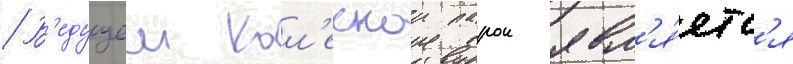
В'едущеи кол'еснои парои явл'я́етс'я